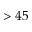
> 4 5